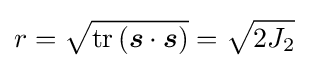
r={\sqrt {\mathrm {tr} \left({\boldsymbol {s}}\cdot {\boldsymbol {s}}\right)}}={\sqrt {2J_{2}}}